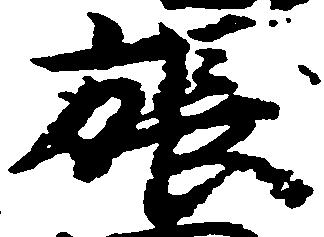
張